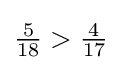
{\tfrac {5}{18}}>{\tfrac {4}{17}}